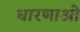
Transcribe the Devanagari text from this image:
धारणाओ